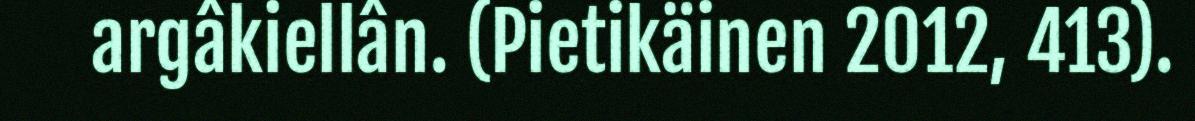
argâkiellân. (Pietikäinen 2012, 413).